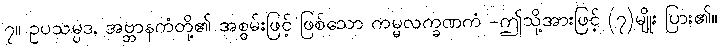
၇။ ဥပသမ္ပဒ, အဗ္ဘာနကံတို့၏ အစွမ်းဖြင့် ဖြစ်သော ကမ္မလက္ခဏကံ -ဤသို့အားဖြင့် (၇)မျိုး ပြား၏။